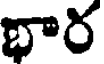
భార